General report no. 6 on the lunatic asylums, vaccination and dispensaries in the Bengal Presidency, 1873 -
Year: 1873
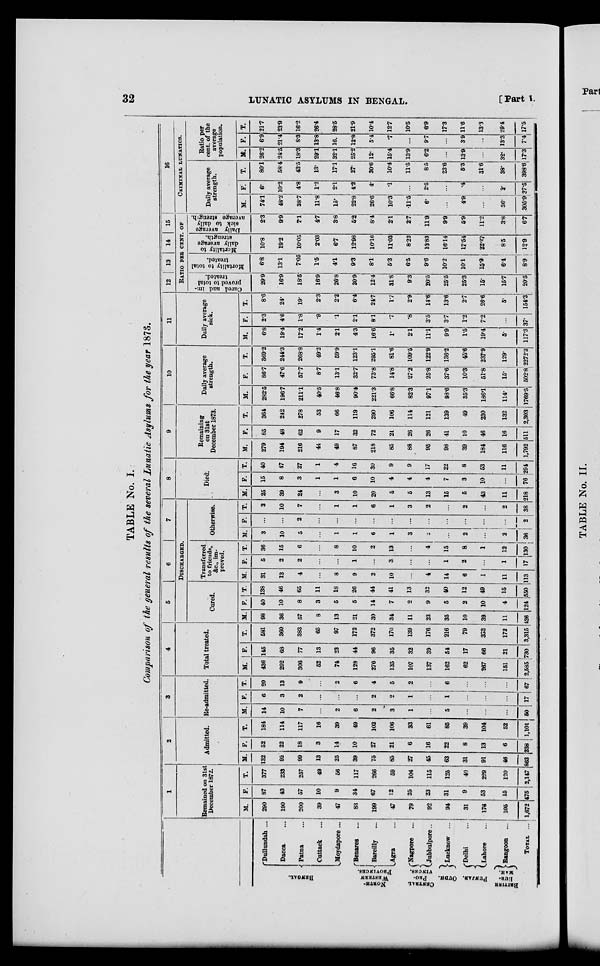
32
LUNATIC ASYLUMS IN BENGAL.
[Part I.
TABLE No. I.
Comparison of the general results of the several Lunatic Asylums for the year 1873.
BENGAL.
NORTH
WESTERN
PROVINCES.
CENTRAL
PRO-
VINCES.
OUDH.
PUNJAB.
BRITISH
BUR-
MAH.
Dullundah ...
Dacca ...
Patna ...
Cuttack ...
Moydapore ...
Benares ...
Bareilly ...
Agra ...
Nagpore ...
Jubbulpore ...
Lucknow ...
Delhi ...
Lahore ...
Rangoon ...
TOTAL ...
1
Remained on 31st
December 1872.
M.
290
190
200
39
47
83
199
47
79
92
94
31
176
105
1,672
F.
87
43
57
10
9
34
67
12
25
23
31
9
53
15
475
T.
377
233
257
49
56
117
266
59
104
115
125
40
229
120
2,147
2
Admitted.
M.
132
92
99
13
25
39
75
85
27
45
63
31
91
46
863
F.
52
22
18
3
14
10
27
21
6
16
22
8
13
6
238
T.
184
114
117
16
39
49
102
106
33
61
85
39
104
52
1,101
3
Re-admitted.
M.
14
10
7
...
2
6
2
3
1
...
5
...
...
...
50
F.
6
3
2
...
...
...
2
2
1
...
1
...
...
...
17
T.
20
13
9
...
2
6
4
5
2
...
6
...
...
...
67
4
Total treated.
M.
436
292
306
52
74
128
276
135
107
137
162
62
267
151
2,585
F.
145
68
77
13
23
44
96
35
32
39
54
17
66
21
730
T.
581
360
383
65
97
172
372
170
139
176
216
79
333
172
3,315
5
6
7
DISCHARGED.
Cured.
M.
98
36
57
8
13
21
30
34
11
23
35
10
39
11
426
F.
40
10
8
3
5
5
14
7
2
9
5
2
10
4
124
T.
138
46
65
11
18
26
44
41
13
32
40
12
49
15
550
Transferred
to friends,
&c., im-
proved.
M.
31
13
4
...
8
9
2
10
...
4
14
6
1
11
113
F.
5
2
2
...
...
1
...
3
...
...
1
2
...
1
17
T.
36
15
6
...
8
10
2
13
...
4
15
8
1
12
130
Otherwise.
M.
3
10
5
...
1
1
6
1
3
2
...
2
...
2
36
F.
...
...
2
...
...
...
...
...
...
...
...
...
...
...
2
T.
3
10
7
...
1
1
6
1
3
2
...
2
...
2
38
8
Died.
M.
25
39
24
...
3
10
20
5
5
13
15
5
43
11
218
F.
15
8
3
1
1
6
10
4
4
4
7
3
10
...
76
T.
40
47
27
1
4
16
30
9
9
17
22
8
53
11
294
9
Remaining
on 31st
December 1873.
M.
279
194
216
44
49
87
218
85
88
95
98
39
184
116
1,792
F.
85
48
62
9
17
32
72
21
26
26
41
10
46
16
511
T.
364
242
278
53
66
119
290
106
114
121
139
49
230
132
2,303
10
Daily average
strength.
M.
282.5
196.7
211.1
40.5
46.8
90.4
221.3
66.8
82.3
97.1
98.6
35.3
186.1
114.
1769.5
F.
86.7
47.6
57.7
8.7
13.1
32.7
73.8
14.8
27.2
25.8
37.6
10.3
51.8
15.
502.8
T.
369.2
244.3
268.8
49.2
59.9
123.1
295.1
81.6
109.5
122.9
136.2
45.6
237.9
129.
2272.3
11
Daily average
sick.
M.
6.8
19.4
17.2
1.4
2.1
4.3
16.6
1.
2.1
11.1
9.9
1.5
19.4
5.
117.3
F.
2.3
4.6
1.8
.9
.1
2.1
8.1
.7
.8
3.5
3.7
1.2
7.2
...
37.
T.
8.6
24.
19.
2.3
2.2
6.4
24.7
1.7
2.9
14.6
13.6
2.7
26.6
5.
154.3
12
13
14
15
RATIO PER CENT. OF
Cured and im-
proved to total
treated.
29.9
16.9
18.5
16.9
26.8
20.9
12.4
31.8
9.8
20.5
25.5
25.3
15.
15.7
20.5
Mortality to total
treated.
6.8
13.1
7.05
1.5
4.1
9.3
8.1
5.3
6.5
9.6
10.2
10.1
15.2
6.4
8.9
Mortality to
daily average
strength.
10.8
19.2
10.05
2.03
6.7
12.98
10.16
11.03
8.22
13.83
16.14
17.54
22.27
8.5
12.9
Daily average
sick to daily
average strength.
2.3
9.9
7.1
4.7
3.8
5.2
8.4
2.1
2.7
11.9
9.9
5.9
11.2
3.8
6.7
16
CRIMINAL LUNATICS.
Daily average
strength.
M.
74.1
48.2
38.7
11.8
15.
22.8
26.6
10.3
11.5
6.
...
4.9
...
36.
305.9
F.
6.
10.2
4.8
1.2
2.1
4.2
4.
.1
...
2.5
...
4
...
2.
37.5
T.
80.1
58.4
43.5
13.
17.1
27.
30.6
10.4
11.5
8.5
23.6
5.3
31.6
38.
398.6
Ratio per
cent. of the
average
population.
M.
26.2
24.5
18.3
29.1
32.1
25.2
12.
15.4
13.9
6.2
...
13.9
...
32.
17.3
F.
6.9
21.4
8.3
13.8
16.
12.8
5.4
.7
...
9.7
...
3.9
...
13.3
7.4
T.
21.7
23.9
16.2
26.4
28.5
21.9
10.4
12.7
10.5
6.9
17.3
11.6
13.3
29.4
17.5